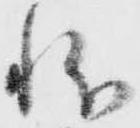
状